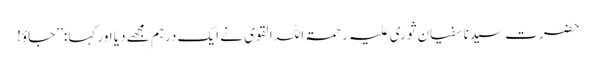
حضرت سیدنا سفیان ثوری علیہ رحمۃ اللہ القوی نے ایک درہم مجھے دیا اور کہا:’’ جاؤ!